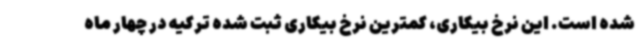
شده است. این نرخ بیکاری، کمترین نرخ بیکاری ثبت شده ترکیه در چهار ماه